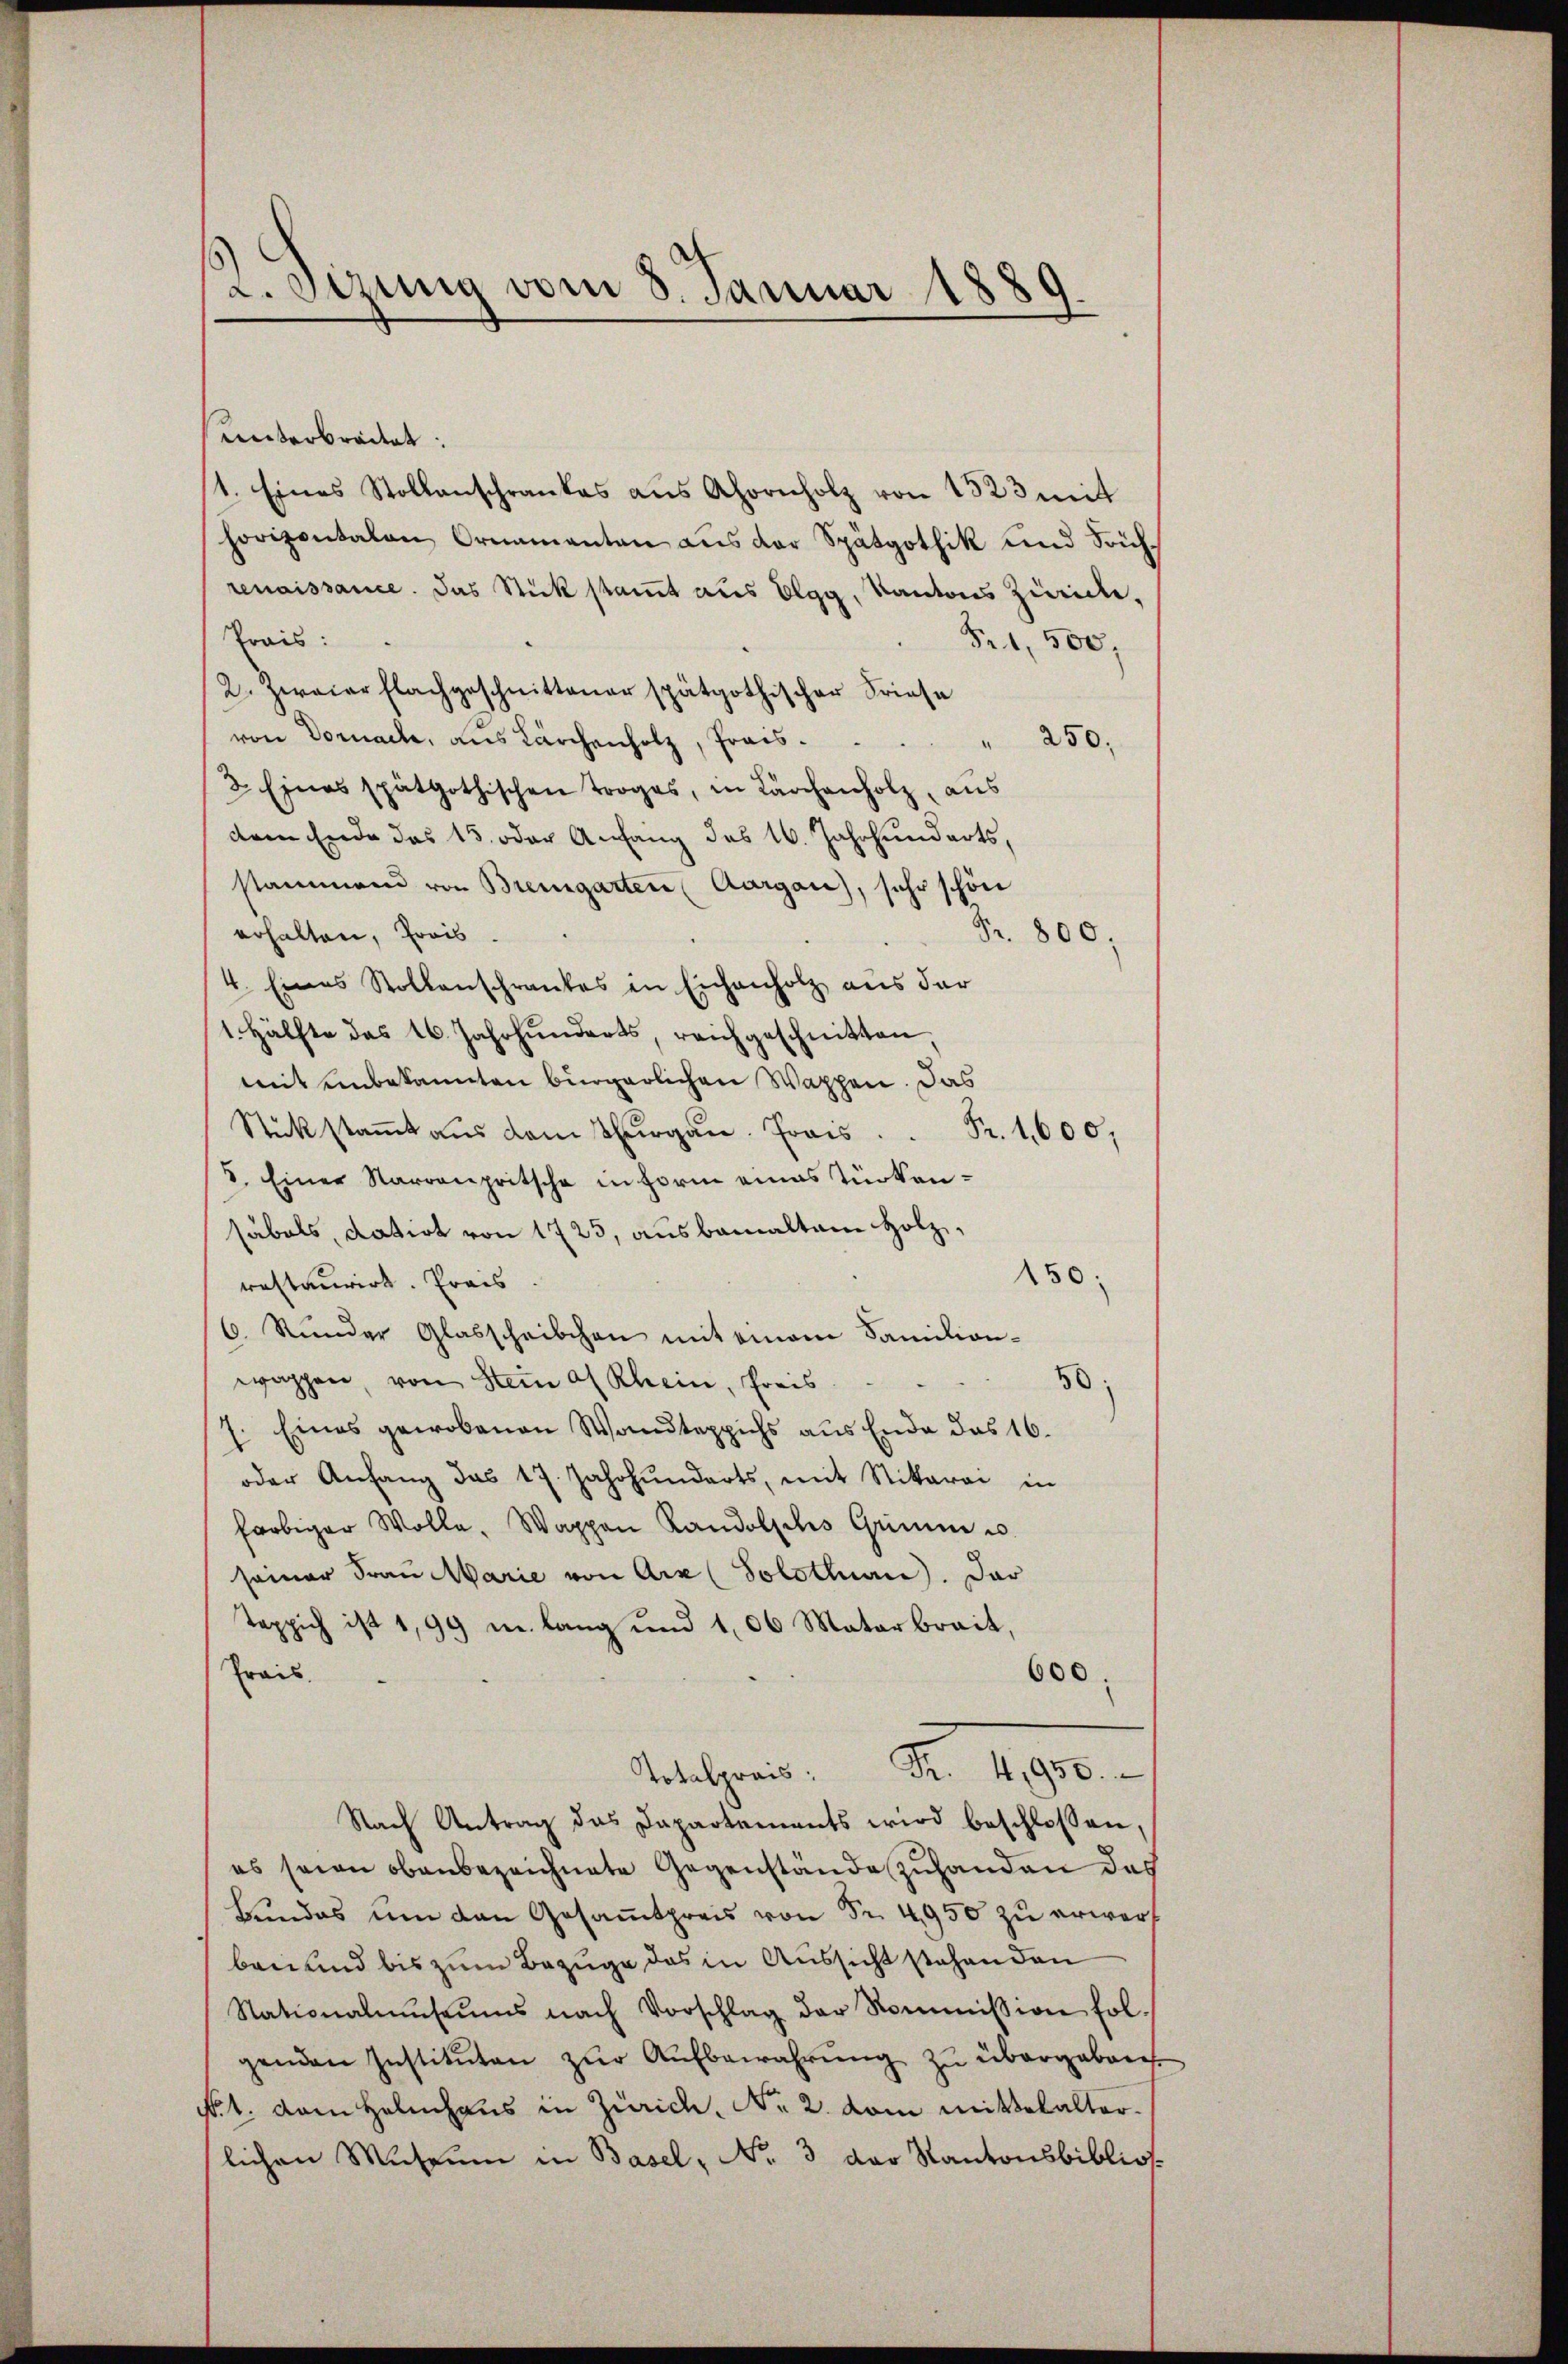
L.Sizung vom 8. Januar 185
.

Lnterbrachet:
1. Eines Stollanschrankes aus Ahornholz von 1523 mit
horizontalen Ornamenten aus der Spätgothik und Früchrenaissance. Das Stick stamt aus Elgg, Kantons Zürich.
Prais:
Fr. 1,500,
2. Zweier Flachgeschnittener spätgothischer Friese
von Dornach, aus Lärchenholz, Prais.         "  250.
2. Eines spätgothischen Troges, in Lärchenholz, aus
dem Ende das 15. oder Anfang des 16. Jahrhunderts,
stammend von Bremgarten Aargau), sehr schön
erhalten, Preis.
Fr. 800.
4. Eines Stollenschrankes in Eichenholz aus der
1. Hälfte des 16. Jahrhunderts, reichgeschnitten,
mit unbekannten bürgerlichen Wappen. Das
.
5. Einer Narronpritsche in Form eines Türkensäbals, datirt von 1725, aus bemalten Holz,
150:
rastaurirt. Preis
6. Stunder Glasscheibchen mit einem Familien-
wappen, von Stein af Rhein, Preis
50)
7. Eines gewobenen Wandteppichs aus Ende das 16.
oder Anfang das 17. Jahrhunderts, mit Stikarai in
farbiger Wolle, Wappen Randolsches Grimm u.
seiner Frau Marie von Arx (Solothurn). Das
Teppich ist 1,99 u. lang und 106 Materbreit,
Frais.
600.
No. 1910.
Totalpreis:
Nach Antrag das Dapartaments wird beschlossen,
es seien obenbezeichnete Gegenstände zuhanden das
Bundes um den Gesamtpreis von Fr. 4950 zu erwerf
ben und bis zum Bezuge das in Aussicht stehenden
Stationalmŭseŭms nach Vorschlag der Kommission fol-
genden Instituten zur Aufbewahrung zu übergeben
No. 1. Kam Helmhaus in Zürich, No. 2. vom mittelalterlichen Museum in Basel, No. 3 der Kantonsbiblios.